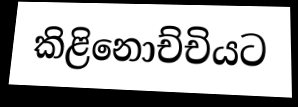
කිළිනොච්චියට